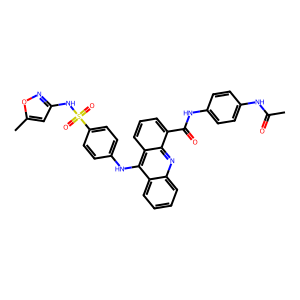
SMILES: CC(=O)Nc1ccc(NC(=O)c2cccc3c(Nc4ccc(S(=O)(=O)Nc5cc(C)on5)cc4)c4ccccc4nc23)cc1
Inhibits HIV replication: No